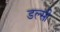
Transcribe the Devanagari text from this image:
डल्सी